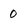
Character: 0